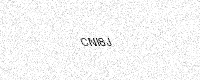
Text: CNI8J